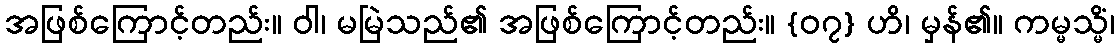
အဖြစ်ကြောင့်တည်း။ ဝါ၊ မမြဲသည်၏ အဖြစ်ကြောင့်တည်း။ {၀၇} ဟိ၊ မှန်၏။ ကမ္မသ္မိံ၊